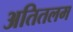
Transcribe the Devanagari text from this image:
अतितलम